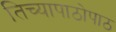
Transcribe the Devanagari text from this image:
तिच्यापाठोपाठ